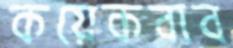
কয়েকবাব